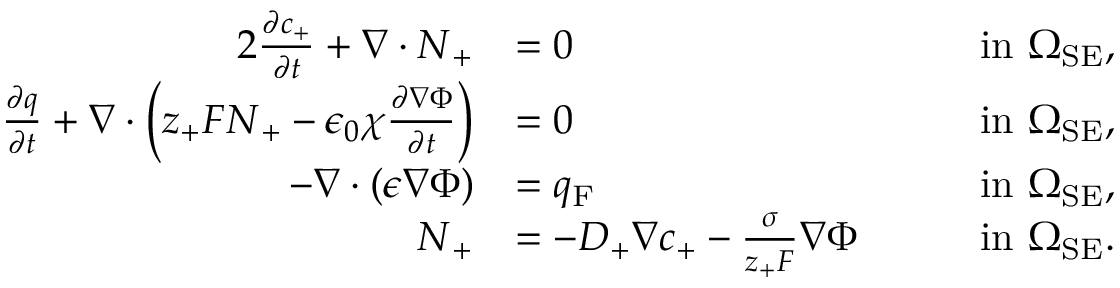
\begin{array} { r l r l } { { 2 } \frac { \partial c _ { + } } { \partial t } + \nabla \cdot \boldsymbol { N } _ { + } } & { = 0 } & & { \mathrm { i n } \ \Omega _ { \mathrm { S E } } , } \\ { \frac { \partial q } { \partial t } + \nabla \cdot \left( z _ { + } F \boldsymbol { N } _ { + } - \epsilon _ { 0 } \chi \frac { \partial \nabla \Phi } { \partial t } \right) } & { = 0 } & & { \mathrm { i n } \ \Omega _ { \mathrm { S E } } , } \\ { - \nabla \cdot ( \epsilon \nabla \Phi ) } & { = q _ { \mathrm { F } } } & & { \mathrm { i n } \ \Omega _ { \mathrm { S E } } , } \\ { \boldsymbol { N } _ { + } } & { = - D _ { + } \nabla c _ { + } - \frac { \sigma } { z _ { + } F } \nabla \Phi \quad } & & { \mathrm { i n } \ \Omega _ { \mathrm { S E } } . } \end{array}